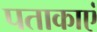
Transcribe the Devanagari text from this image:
पताकाएं